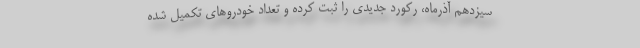
سیزدهم آذرماه، رکورد جدیدی را ثبت کرده و تعداد خودروهای تکمیل شده